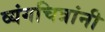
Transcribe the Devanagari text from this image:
व्यंगचित्रांनी